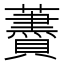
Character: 𧃤